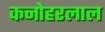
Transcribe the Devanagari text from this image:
कनोहरलाल